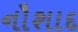
નૌશાદ